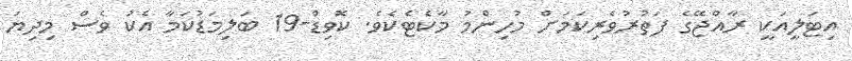
އިޓަލީއަކީ ރާއްޖޭގެ ފަތުރުވެރިކަމަށް މުހިންމު މާކެޓެކެވެ. ކޮވިޑް-19 ބަލިމަޑުކަމާ އެކު ވެސް މިދިޔަ